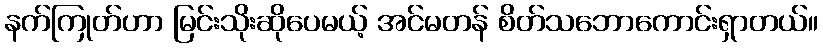
နက်ကြုတ်ဟာ မြင်းသိုးဆိုပေမယ့် အင်မတန် စိတ်သဘောကောင်းရှာတယ်။